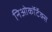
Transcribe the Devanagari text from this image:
निओकॉर्टेक्स